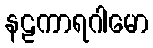
နဠကာရဂါမော